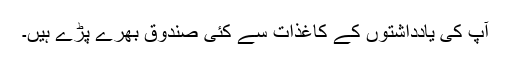
آپ کی یادداشتوں کے کاغذات سے کئی صندوق بھرے پڑے ہیں۔